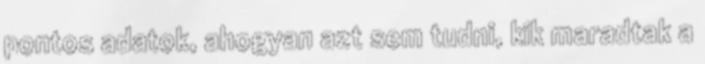
pontos adatok, ahogyan azt sem tudni, kik maradtak a